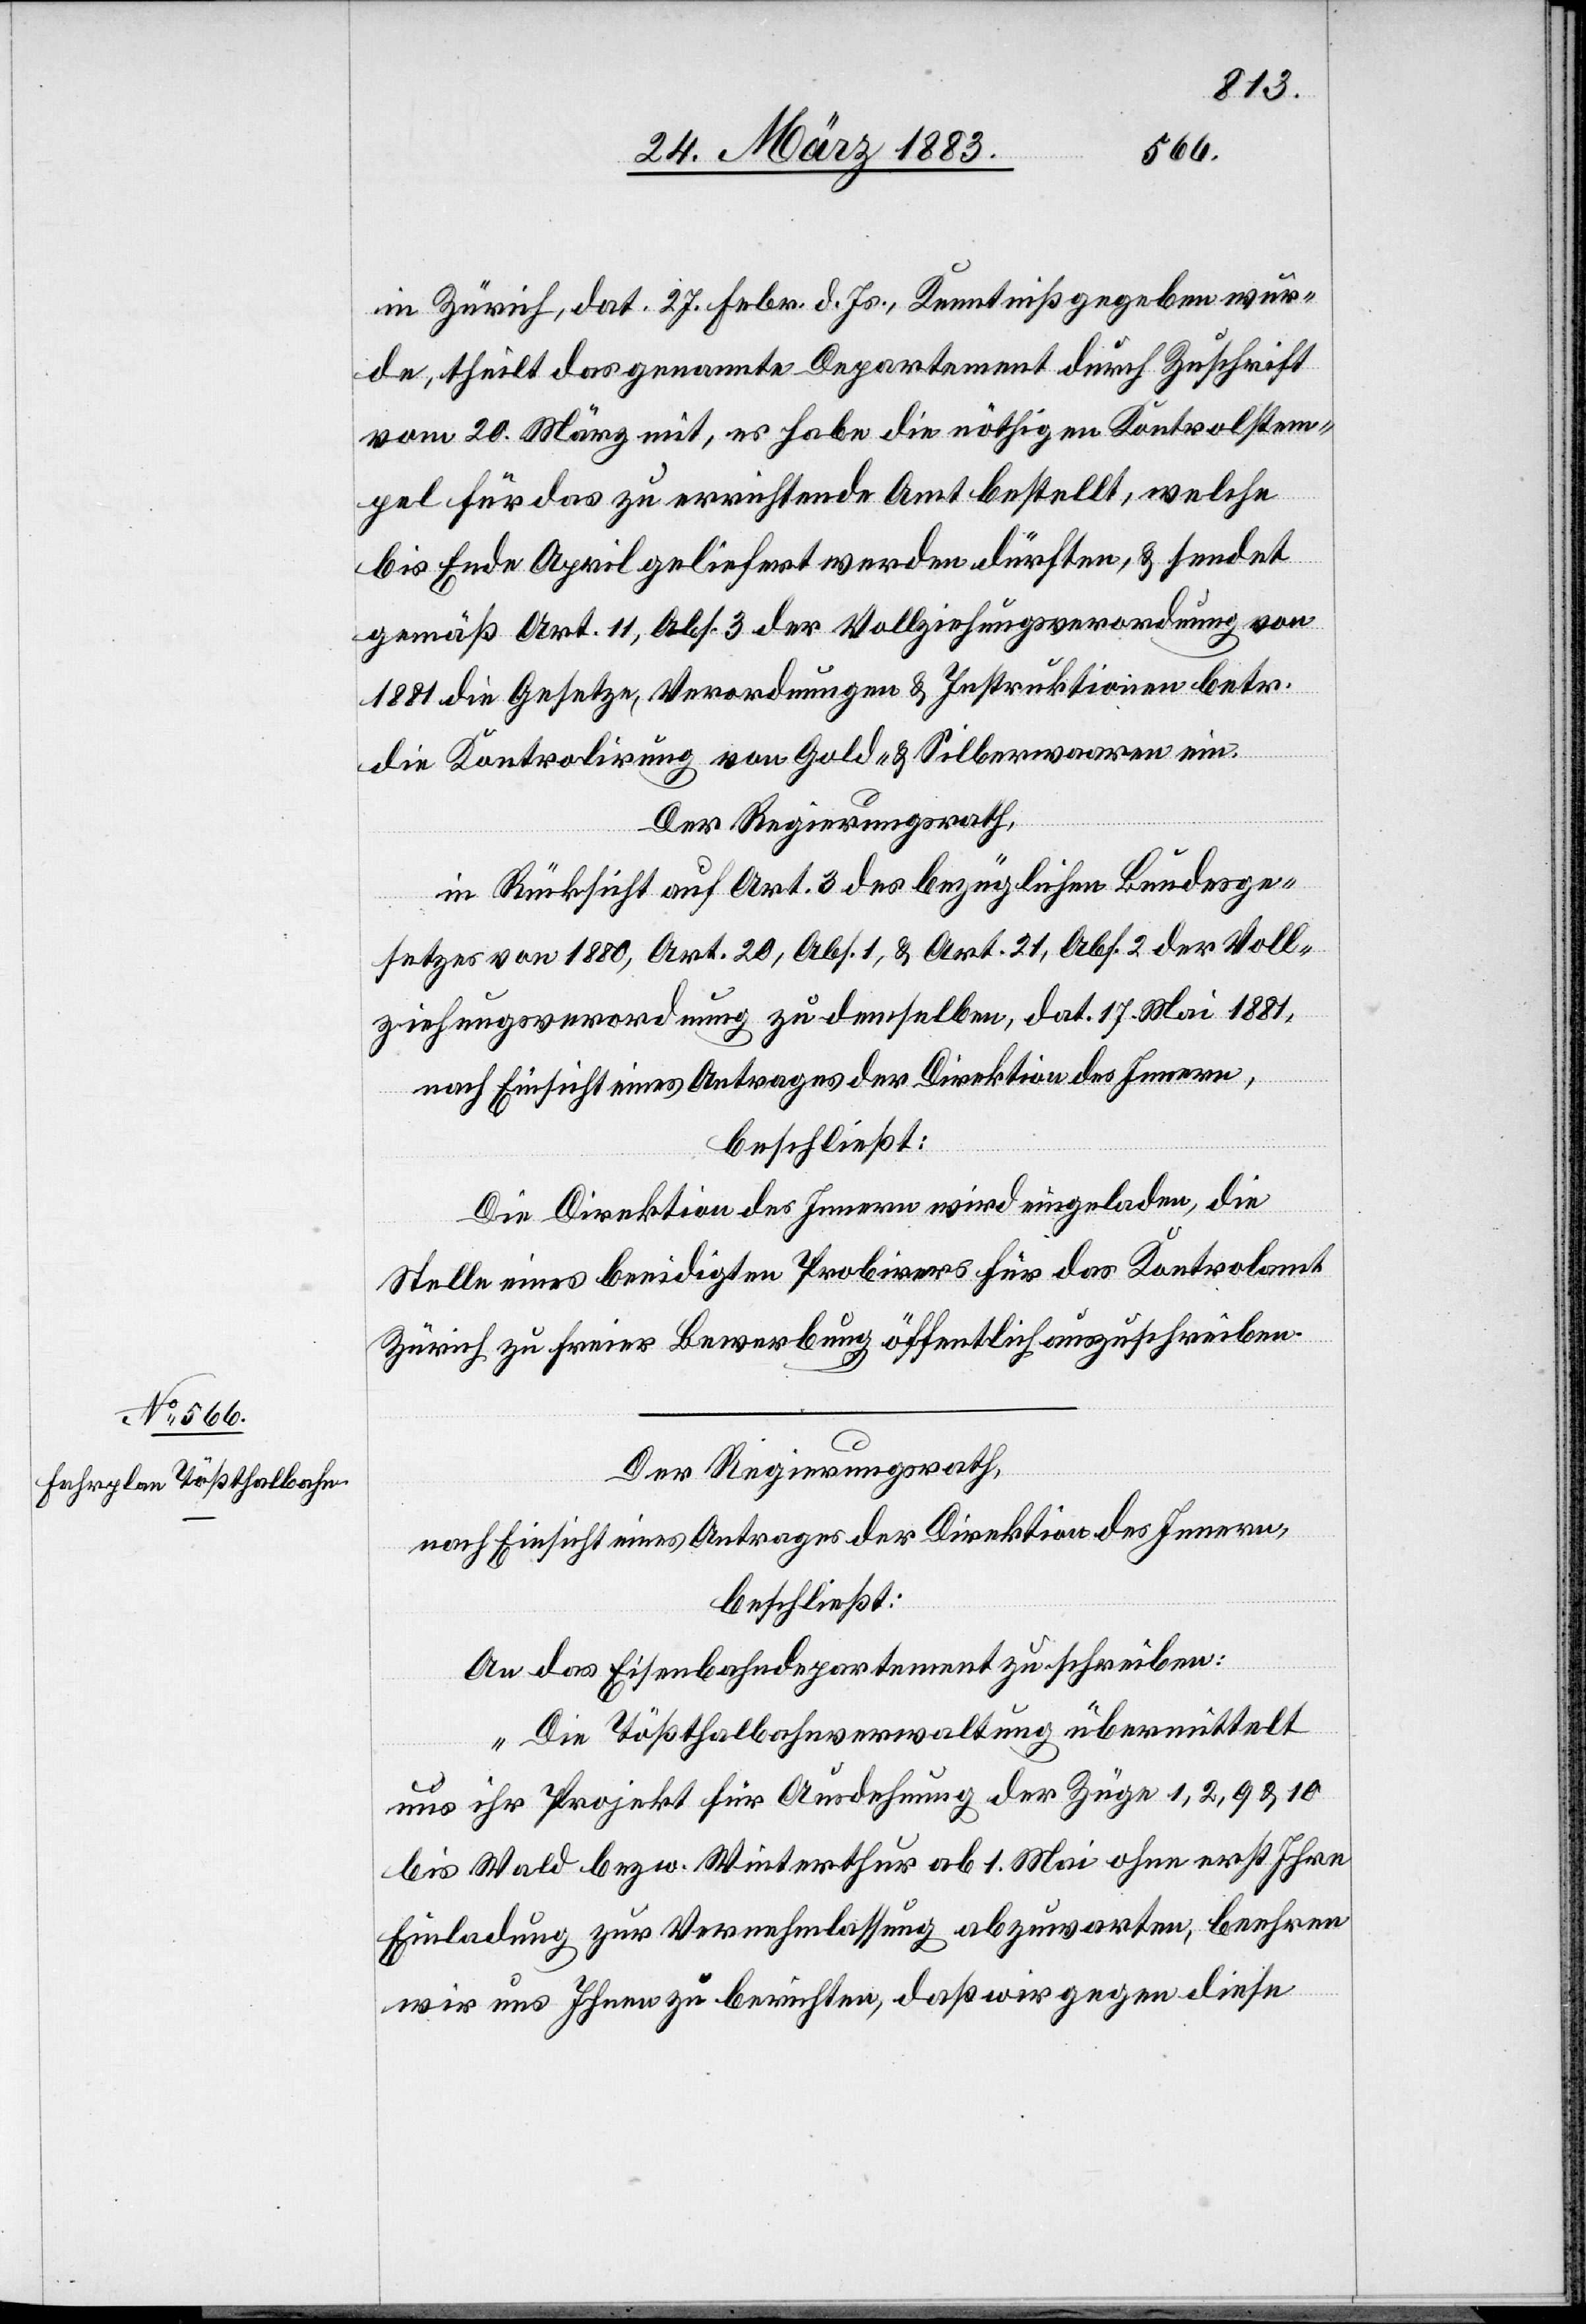
in Zürich, dat. 27. Febr. d. Js., Kenntniß gegeben wur¬
de, theilt das genannte Departement durch Zuschrift
vom 20. März mit, es habe die nöthigen Kontrolstem¬
pel für das zu errichtende Amt bestellt, welche
bis Ende April geliefert werden dürften, & sendet
gemäß Art. 11, Abs. 3 der Vollziehungsverordnung von
1881 die Gesetze, Verordnungen & Instruktionen betr.
die Kontrolirung von Gold- & Silberwaaren ein.
Der Regierungsrath,
in Rücksicht auf Art. 3 des bezüglichen Bundesge¬
setzes von 1880, Art. 20, Abs. 1, & Art. 21, Abs. 2 der Voll¬
ziehungsverordnung zu demselben, dat. 17. Mai 1881,
nach Einsicht eines Antrages der Direktion des Innern,
beschließt:
Die Direktion des Innern wird eingeladen, die
Stelle eines beeidigten Probirers für das Kontrolamt
Zürich zu freier Bewerbung öffentlich auszuschreiben.
Der Regierungsrath,
nach Einsicht eines Antrages der Direktion des Innern,
beschließt:
An das Eisenbahndepartement zu schreiben:
„Die Tößthalbahnverwaltung übermittelt
uns ihr Projekt für Ausdehnung der Züge, 1, 2, 9 & 10
bis Wald bezw. Winterthur ab 1. Mai ohne erst Ihre
Einladung zur Vernehmlassung abzuwarten, beehren
wir uns Ihnen zu berichten, daß wir gegen diese